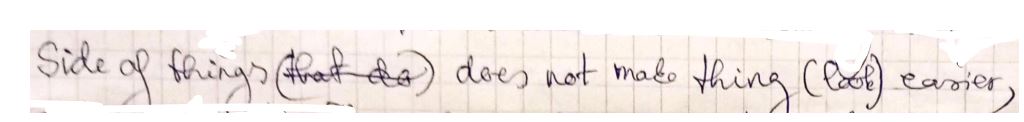
side of things does not make thing (look) easier,